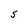
Character: S